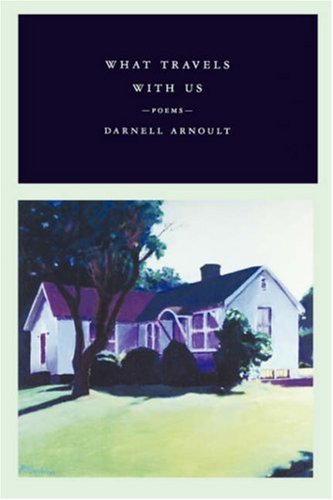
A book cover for What Travels With Us: Poems; Darnell Arnoult; Travel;